Indian journal of veterinary science and animal husbandry - Volume 8,
Year: 1938
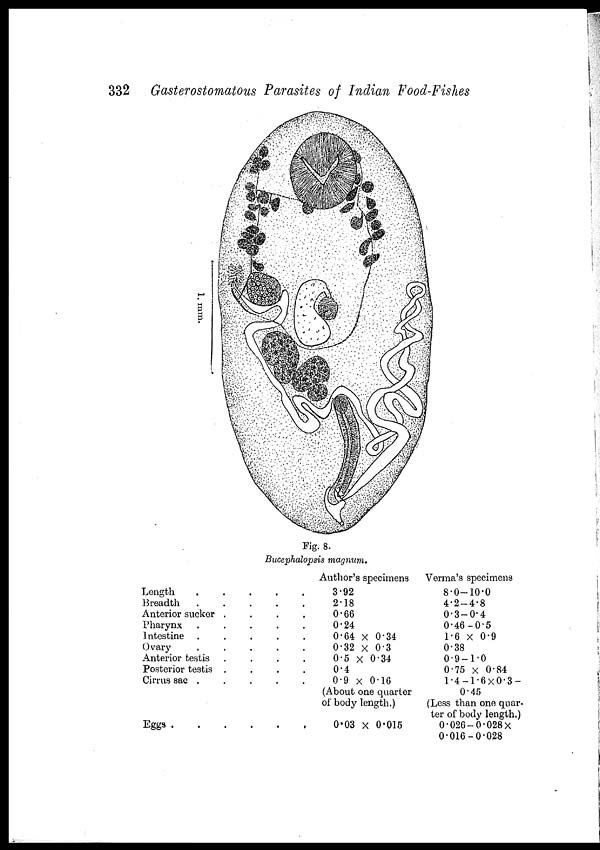
332 Gasterostomatous Parasites of Indian Food-Fishes
Fig. 8.
Bucephalopsis magnum.
Length
.
.
.
.
.
.
Breadth . . . . . .
Anterior sucker . . . . . .
Pharynx . . . . . .
Intestine . . . . . .
Ovary . . . . . .
Anterior testis . . . .
Posterior testis . . . .
Cirrus sac . . . . . .
Eggs
.
.
.
.
.
.
Author's specimens
3.92
2.18
0.66
0.24
0.64 × 0.34
0.32 × 0.3
0.5 × 0.34
0.4
0.9 × 0.16
(About one quarter
of body length.)
0.03 × 0.015
Verma's specimens
8.0—10.0
4.2—4.8
0.3—0.4
0.46—0.5
1.6 × 0.9
0.38
0.9—1.0
0.75 × 0.84
1.4—1.6×0.3—
0.45
(Less than one quar-
ter of body length.)
0.026—0.028×
0.016-0.028